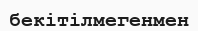
бекітілмегенмен